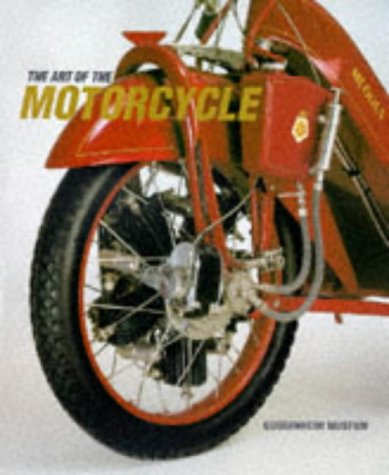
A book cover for The Art of the Motorcycle (Guggenheim Museum Publications); Guggenheim Museum; Crafts, Hobbies & Home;